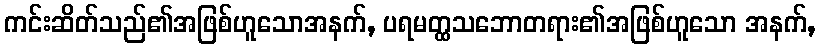
ကင်းဆိတ်သည်၏အဖြစ်ဟူသောအနက်, ပရမတ္ထသဘောတရား၏အဖြစ်ဟူသော အနက်,